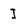
Character: I